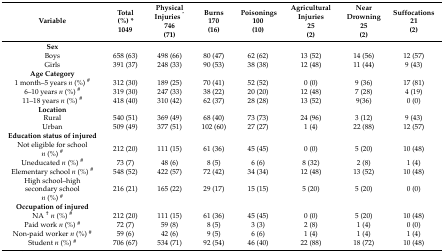
<table><thead><tr><td><b>Variable</b></td><td><b>Total(%) *1049</b></td><td><b>Physical Injuries <sup>^</sup>746(71)</b></td><td><b>Burns170(16)</b></td><td><b>Poisonings 100(10)</b></td><td><b>Agricultural Injuries25(2)</b></td><td><b>Near Drowning 25 (2)</b></td><td><b>Suffocations 21 (2)</b></td></tr></thead><tbody><tr><td><b>Sex</b></td><td></td><td></td><td></td><td></td><td></td><td></td><td></td></tr><tr><td>Boys </td><td>658 (63)</td><td>498 (66)</td><td>80 (47)</td><td>62 (62)</td><td>13 (52)</td><td>14 (56)</td><td>12 (57)</td></tr><tr><td>Girls</td><td>391 (37)</td><td>248 (33)</td><td>90 (53)</td><td>38 (38)</td><td>12 (48)</td><td>11 (44)</td><td>9 (43)</td></tr><tr><td><b>Age Category</b></td><td></td><td></td><td></td><td></td><td></td><td></td><td></td></tr><tr><td>1 month–5 years <i>n</i> (%) <sup>#</sup></td><td>312 (30)</td><td>189 (25)</td><td>70 (41)</td><td>52 (52)</td><td>0 (0)</td><td>9 (36)</td><td>17 (81)</td></tr><tr><td>6–10 years <i>n</i> (%) <sup>#</sup></td><td>319 (30)</td><td>247 (33)</td><td>38 (22)</td><td>20 (20)</td><td>12 (48)</td><td>7 (28)</td><td>4 (19)</td></tr><tr><td>11–18 years <i>n</i> (%) <sup>#</sup></td><td>418 (40)</td><td>310 (42)</td><td>62 (37)</td><td>28 (28)</td><td>13 (52)</td><td>9(36)</td><td>0 (0)</td></tr><tr><td><b>Location</b></td><td></td><td></td><td></td><td></td><td></td><td></td><td></td></tr><tr><td>Rural</td><td>540 (51)</td><td>369 (49)</td><td>68 (40)</td><td>73 (73)</td><td>24 (96)</td><td>3 (12)</td><td>9 (43)</td></tr><tr><td>Urban</td><td>509 (49)</td><td>377 (51)</td><td>102 (60)</td><td>27 (27)</td><td>1 (4)</td><td>22 (88)</td><td>12 (57)</td></tr><tr><td><b>Education status of injured</b></td><td></td><td></td><td></td><td></td><td></td><td></td><td></td></tr><tr><td>Not eligible for school<i>n</i> (%) <sup>#</sup></td><td>212 (20)</td><td>111 (15)</td><td>61 (36)</td><td>45 (45)</td><td>0 (0)</td><td>5 (20)</td><td>10 (48)</td></tr><tr><td>Uneducated <i>n</i> (%) <sup>#</sup></td><td>73 (7)</td><td>48 (6)</td><td>8 (5)</td><td>6 (6)</td><td>8 (32)</td><td>2 (8)</td><td>1 (4)</td></tr><tr><td>Elementary school <i>n</i> (%) <sup>#</sup></td><td>548 (52)</td><td>422 (57)</td><td>72 (42)</td><td>34 (34)</td><td>12 (48)</td><td>13 (52)</td><td>10 (48)</td></tr><tr><td>High school–high secondary school<i>n</i> (%) <sup>#</sup></td><td>216 (21)</td><td>165 (22)</td><td>29 (17)</td><td>15 (15)</td><td>5 (20)</td><td>5 (20)</td><td>0 (0)</td></tr><tr><td><b>Occupation of injured</b></td><td></td><td></td><td></td><td></td><td></td><td></td><td></td></tr><tr><td>NA <sup>†</sup><i>n</i> (%) <sup>#</sup></td><td>212 (20)</td><td>111 (15)</td><td>61 (36)</td><td>45 (45)</td><td>0 (0)</td><td>5 (20)</td><td>10 (48)</td></tr><tr><td>Paid work <i>n</i> (%) <sup>#</sup></td><td>72 (7)</td><td>59 (8)</td><td>8 (5)</td><td>3 (3)</td><td>2 (8)</td><td>1 (4)</td><td>0 (0)</td></tr><tr><td>Non-paid worker <i>n</i> (%) <sup>#</sup></td><td>59 (6)</td><td>42 (6)</td><td>9 (5)</td><td>6 (6)</td><td>1 (4)</td><td>1 (4)</td><td>1 (4)</td></tr><tr><td>Student <i>n</i> (%) <sup>#</sup></td><td>706 (67)</td><td>534 (71)</td><td>92 (54)</td><td>46 (40)</td><td>22 (88)</td><td>18 (72)</td><td>10 (48)</td></tr></tbody></table>